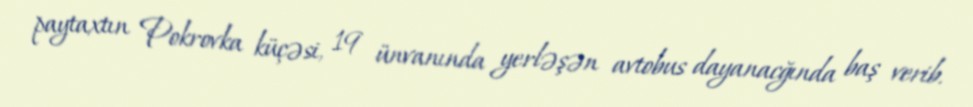
paytaxtın Pokrovka küçəsi, 19 ünvanında yerləşən avtobus dayanacğında baş verib.